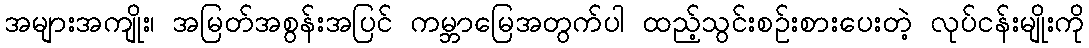
အများအကျိုး၊ အမြတ်အစွန်းအပြင် ကမ္ဘာမြေအတွက်ပါ ထည့်သွင်းစဥ်းစားပေးတဲ့ လုပ်ငန်းမျိုးကို